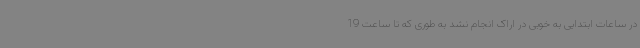
در ساعات ابتدایی به خوبی در اراک انجام نشد به طوری که تا ساعت 19